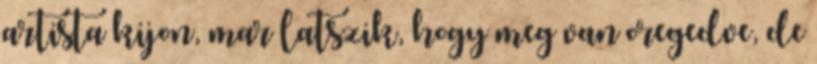
artista kijon, mar latszik, hogy meg van oregedve, de